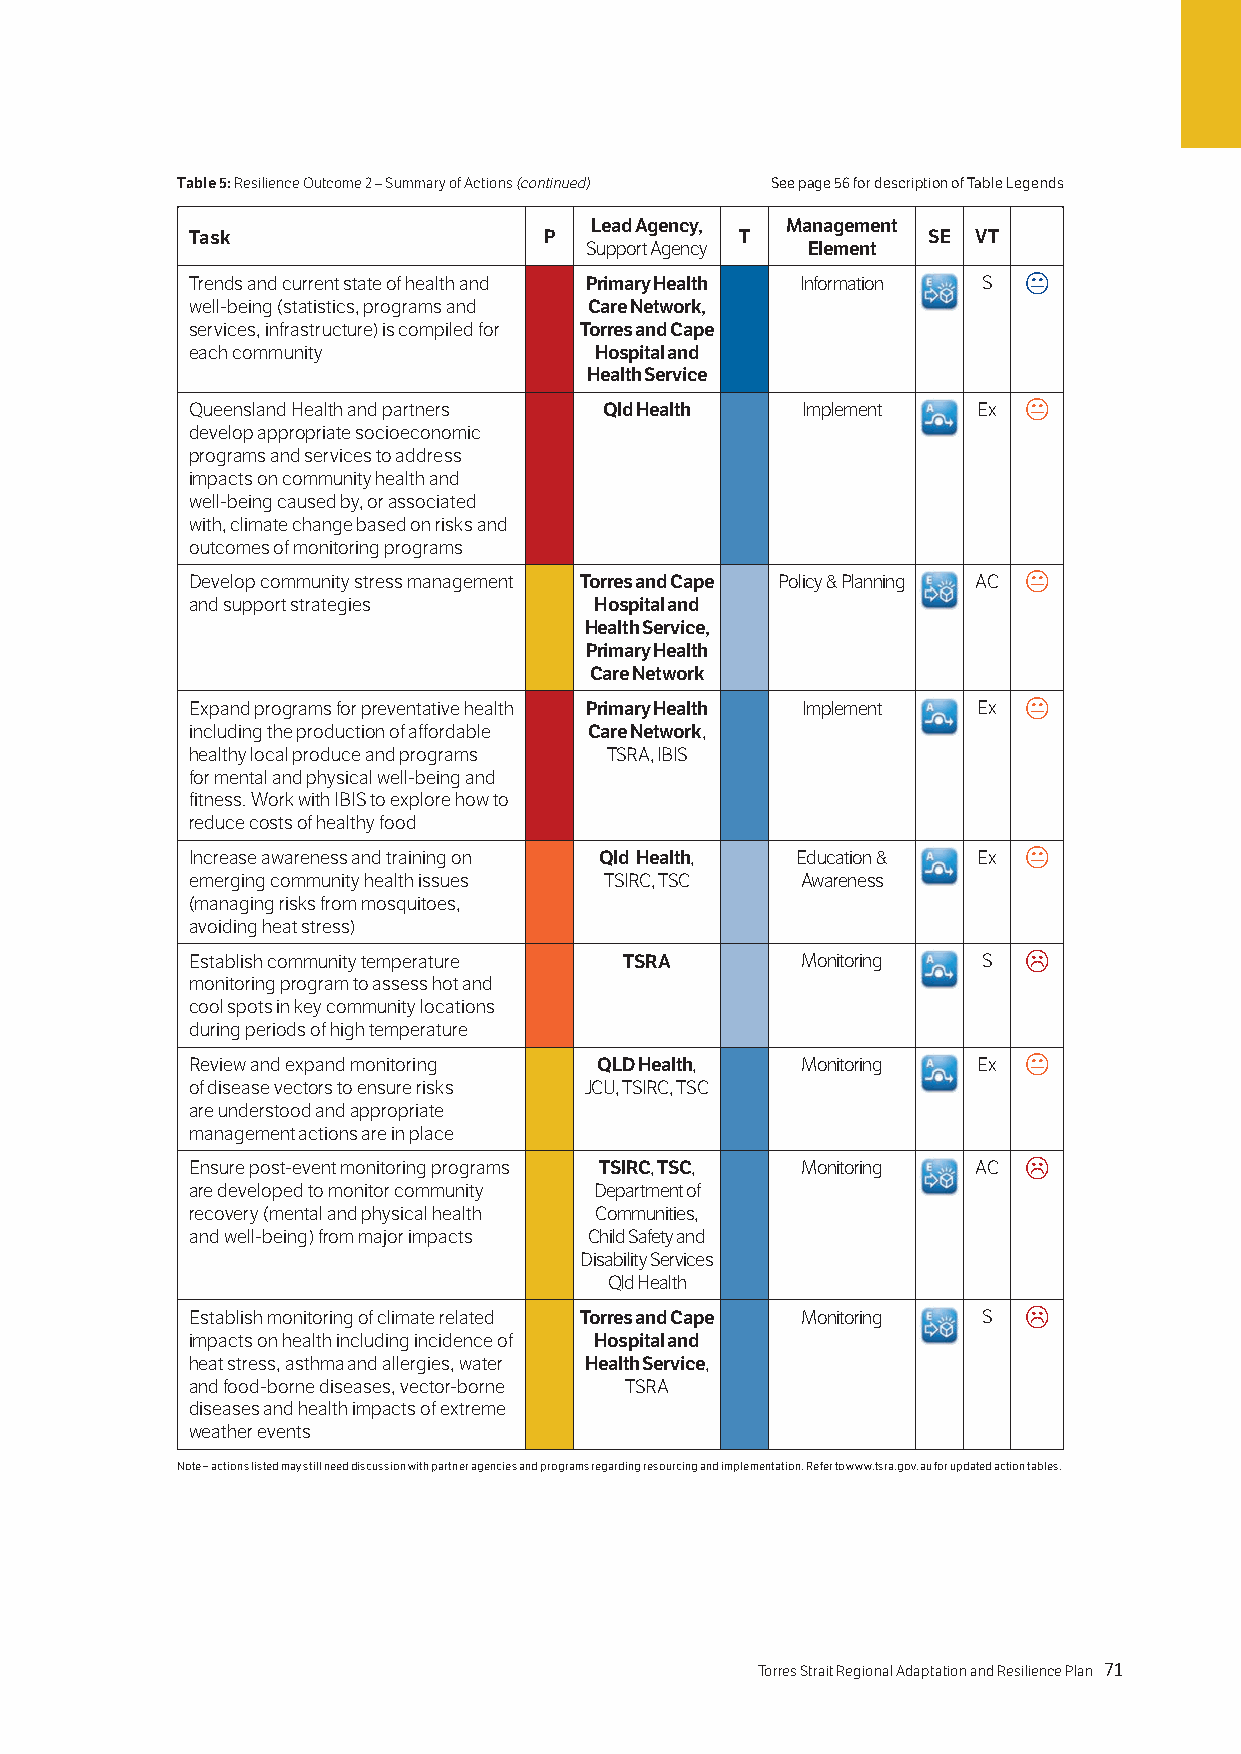
Table 5: Resilience Outcome 2 – Summary of Actions (continued) See page 56 for description of Table Legends
 Lead Agency, Management
 Task                   P            T           SE VT
 Support Agency Element
 Trends and current state of health and Primary Health Information S 
 well-being (statistics, programs and Care Network,
 services, infrastructure) is compiled for Torres and Cape
 each community            Hospital and
 Health Service
 Queensland Health and partners Qld Health Implement Ex 
 develop appropriate socioeconomic
 programs and services to address
 impacts on community health and
 well-being caused by, or associated
 with, climate change based on risks and
 outcomes of monitoring programs
 Develop community stress management Torres and Cape Policy & Planning AC 
 and support strategies    Hospital and
 Health Service,
 Primary Health
 Care Network
 Expand programs for preventative health Primary Health Implement Ex 
 including the production of affordable Care Network,
 healthy local produce and programs TSRA, IBIS
 for mental and physical well-being and
 fitness. Work with IBIS to explore how to
 reduce costs of healthy food
 Increase awareness and training on Qld Health, Education & Ex 
 emerging community health issues TSIRC, TSC Awareness
 (managing risks from mosquitoes,
 avoiding heat stress)
 Establish community temperature TSRA    Monitoring  S  
 monitoring program to assess hot and
 cool spots in key community locations
 during periods of high temperature
 Review and expand monitoring QLD Health, Monitoring Ex 
 of disease vectors to ensure risks JCU, TSIRC, TSC
 are understood and appropriate
 management actions are in place
 Ensure post-event monitoring programs TSIRC, TSC, Monitoring AC 
 are developed to monitor community Department of
 recovery (mental and physical health Communities,
 and well-being) from major impacts Child Safety and
 Disability Services
 Qld Health
 Establish monitoring of climate related Torres and Cape Monitoring S 
 impacts on health including incidence of Hospital and
 heat stress, asthma and allergies, water Health Service,
 and food-borne diseases, vector-borne TSRA
 diseases and health impacts of extreme
 weather events
 Note – actions listed may still need discussion with partner agencies and programs regarding resourcing and implementation. Refer to www.tsra.gov.au for updated action tables.
 70 Torres Strait Regional Adaptation and Resilience Plan Torres Strait Regional Adaptation and Resilience Plan 71